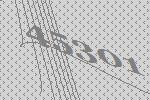
45301